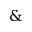
\&